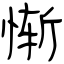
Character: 惭